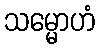
သမ္မောဟံ